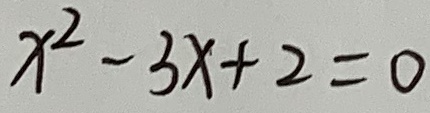
x ^ { 2 } - 3 x + 2 = 0